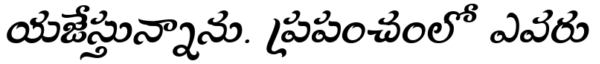
యజేస్తున్నాను. ప్రపంచంలో ఎవరు